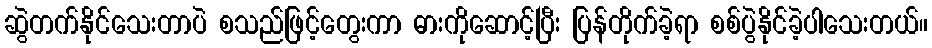
ဆွဲတက်နိုင်သေးတာပဲ စသည်ဖြင့်တွေးကာ ဓားကိုဆောင့်ပြီး ပြန်တိုက်ခဲ့ရာ စစ်ပွဲနိုင်ခဲ့ပါသေးတယ်။